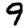
Digit: 9